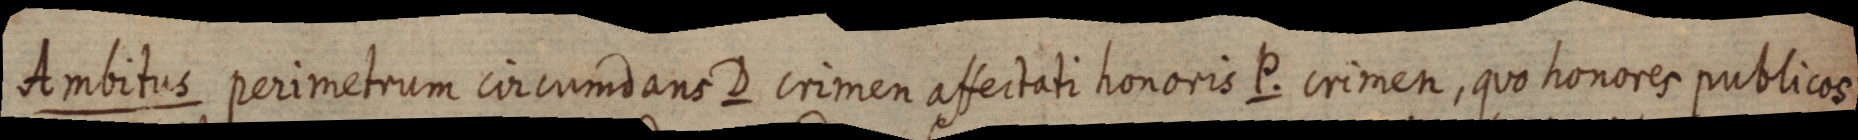
Ambitus perimetrum circumdans D crimen affectati honoris P. crimen, quo honores publicos